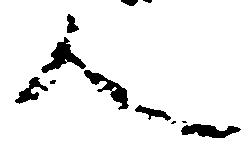
人